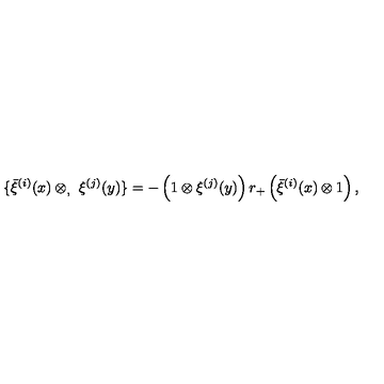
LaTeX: \{ \bar { \xi } ^ { ( i ) } ( x ) \otimes _ { , } \ \xi ^ { ( j ) } ( y ) \} = - \left( 1 \otimes \xi ^ { ( j ) } ( y ) \right) r _ { + } \left( \bar { \xi } ^ { ( i ) } ( x ) \otimes 1 \right) ,